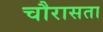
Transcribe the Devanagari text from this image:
चौरासता